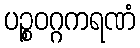
ပဉ္စဝဂ္ဂကရဏံ